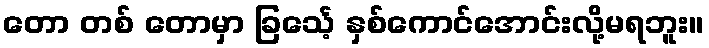
တော တစ် တောမှာ ခြင်္သေ့ နှစ်ကောင်အောင်းလို့မရဘူး။